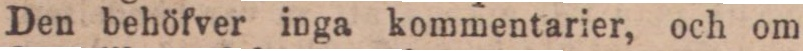
Den behöfver inga kommentarier, och om